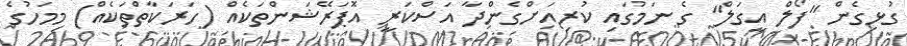
ގުޅިގެން "ފޯލް އީގަލް" ގެ ނަމުގައި ކުރިއަށްގެންދާ އަސްކަރީ އޮޕަރޭޝަންތަކެއް (ހަރަކާތްތަކެއް) މިމަހުގެ